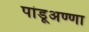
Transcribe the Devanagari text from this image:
पांडूअण्णा